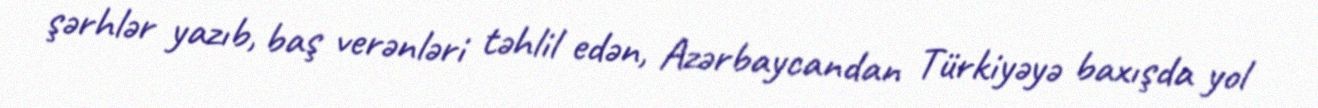
şərhlər yazıb, baş verənləri təhlil edən, Azərbaycandan Türkiyəyə baxışda yol